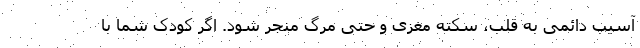
آسیب دائمی به قلب، سکته مغزی و حتی مرگ منجر شود. اگر کودک شما با